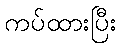
ကပ်ထားပြီး